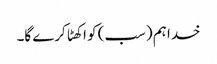
خدا ہم (سب) کو اکھٹا کرے گا۔